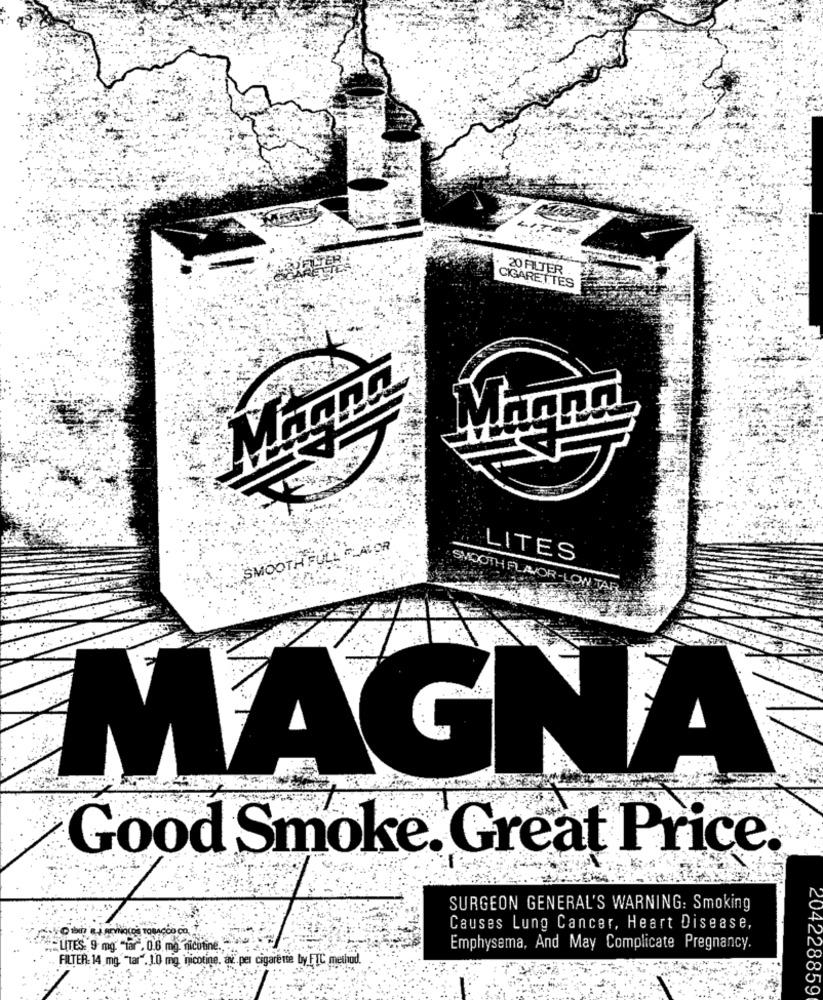
.20 FILTER
CIGARETTES
SMOOTH FULL FLAVOR
LITES
SMOOTH FLAVOR-LOW TAR
MAGNA
Good Smoke. Great Price.
SURGEON GENERAL'S WARNING: Smoking
Causes Lung Cancer, Heart Disease,
LITES: 9 mg. "tar". 0.6. mg. nicotine.
Emphysema, And May Complicate Pregnancy.
FILTER: 14 mg. "tar". 1.0 mg, nicotine. av. per cigarette by FTC method.
228859